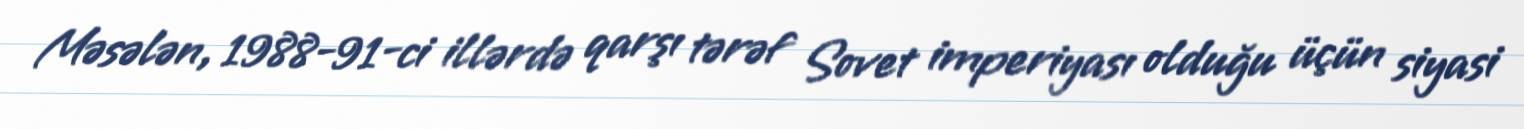
Məsələn, 1988-91-ci illərdə qarşı tərəf Sovet imperiyası olduğu üçün siyasi